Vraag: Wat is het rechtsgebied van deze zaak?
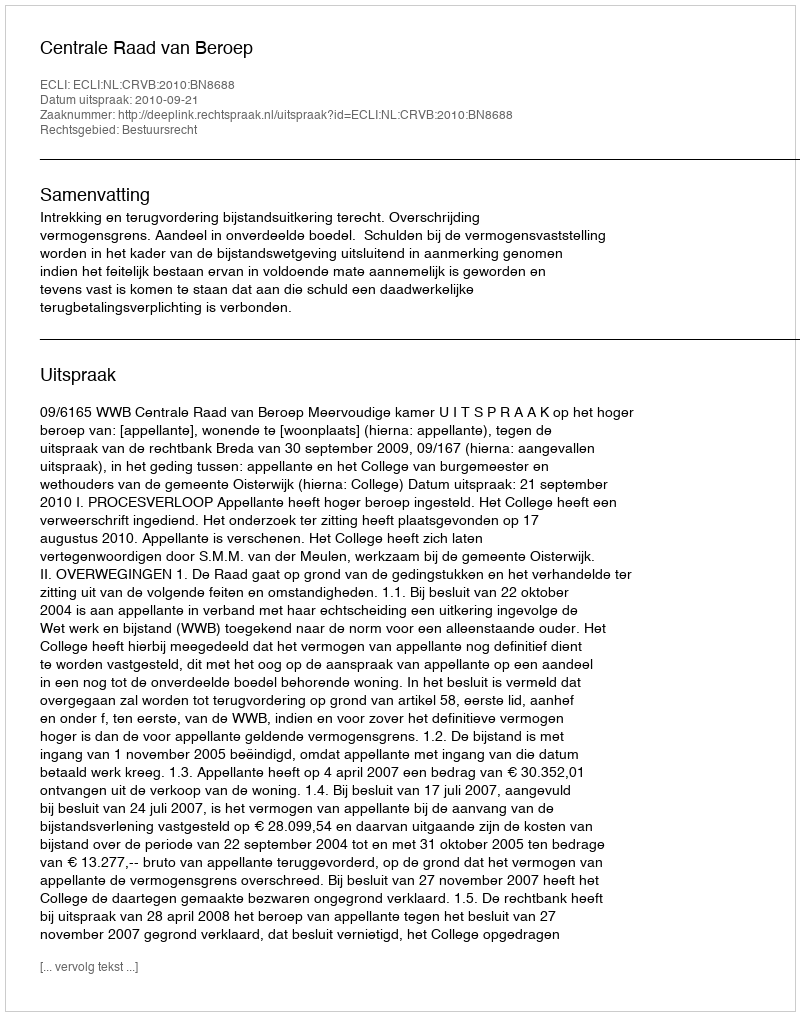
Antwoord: Bestuursrecht